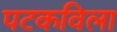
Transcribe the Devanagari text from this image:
पटकविला